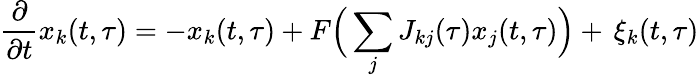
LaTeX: \frac{\partial}{\partial t}x_{k}(t,\tau)=-x_{k}(t,\tau)+F\Big(\sum_{j}J_{kj}(\tau)x_{j}(t,\tau)\Big)+\, \xi_{k}(t,\tau)